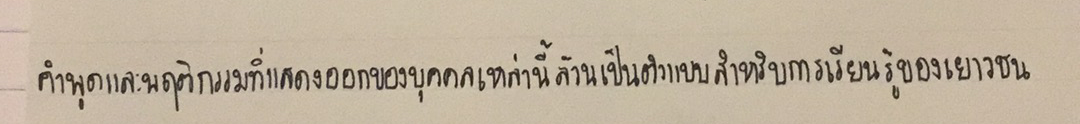
คำพูดและพฤติกรรมที่แสดงออกของบุคคลเหล่านี้ล้วนเป็นตัวแบบสำหรับการเรียนรู้ของเยาวชน